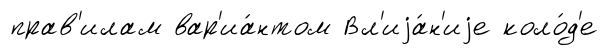
прав'илам вар'иа́нтом Вл'иjа́н'иjе коло́д'е